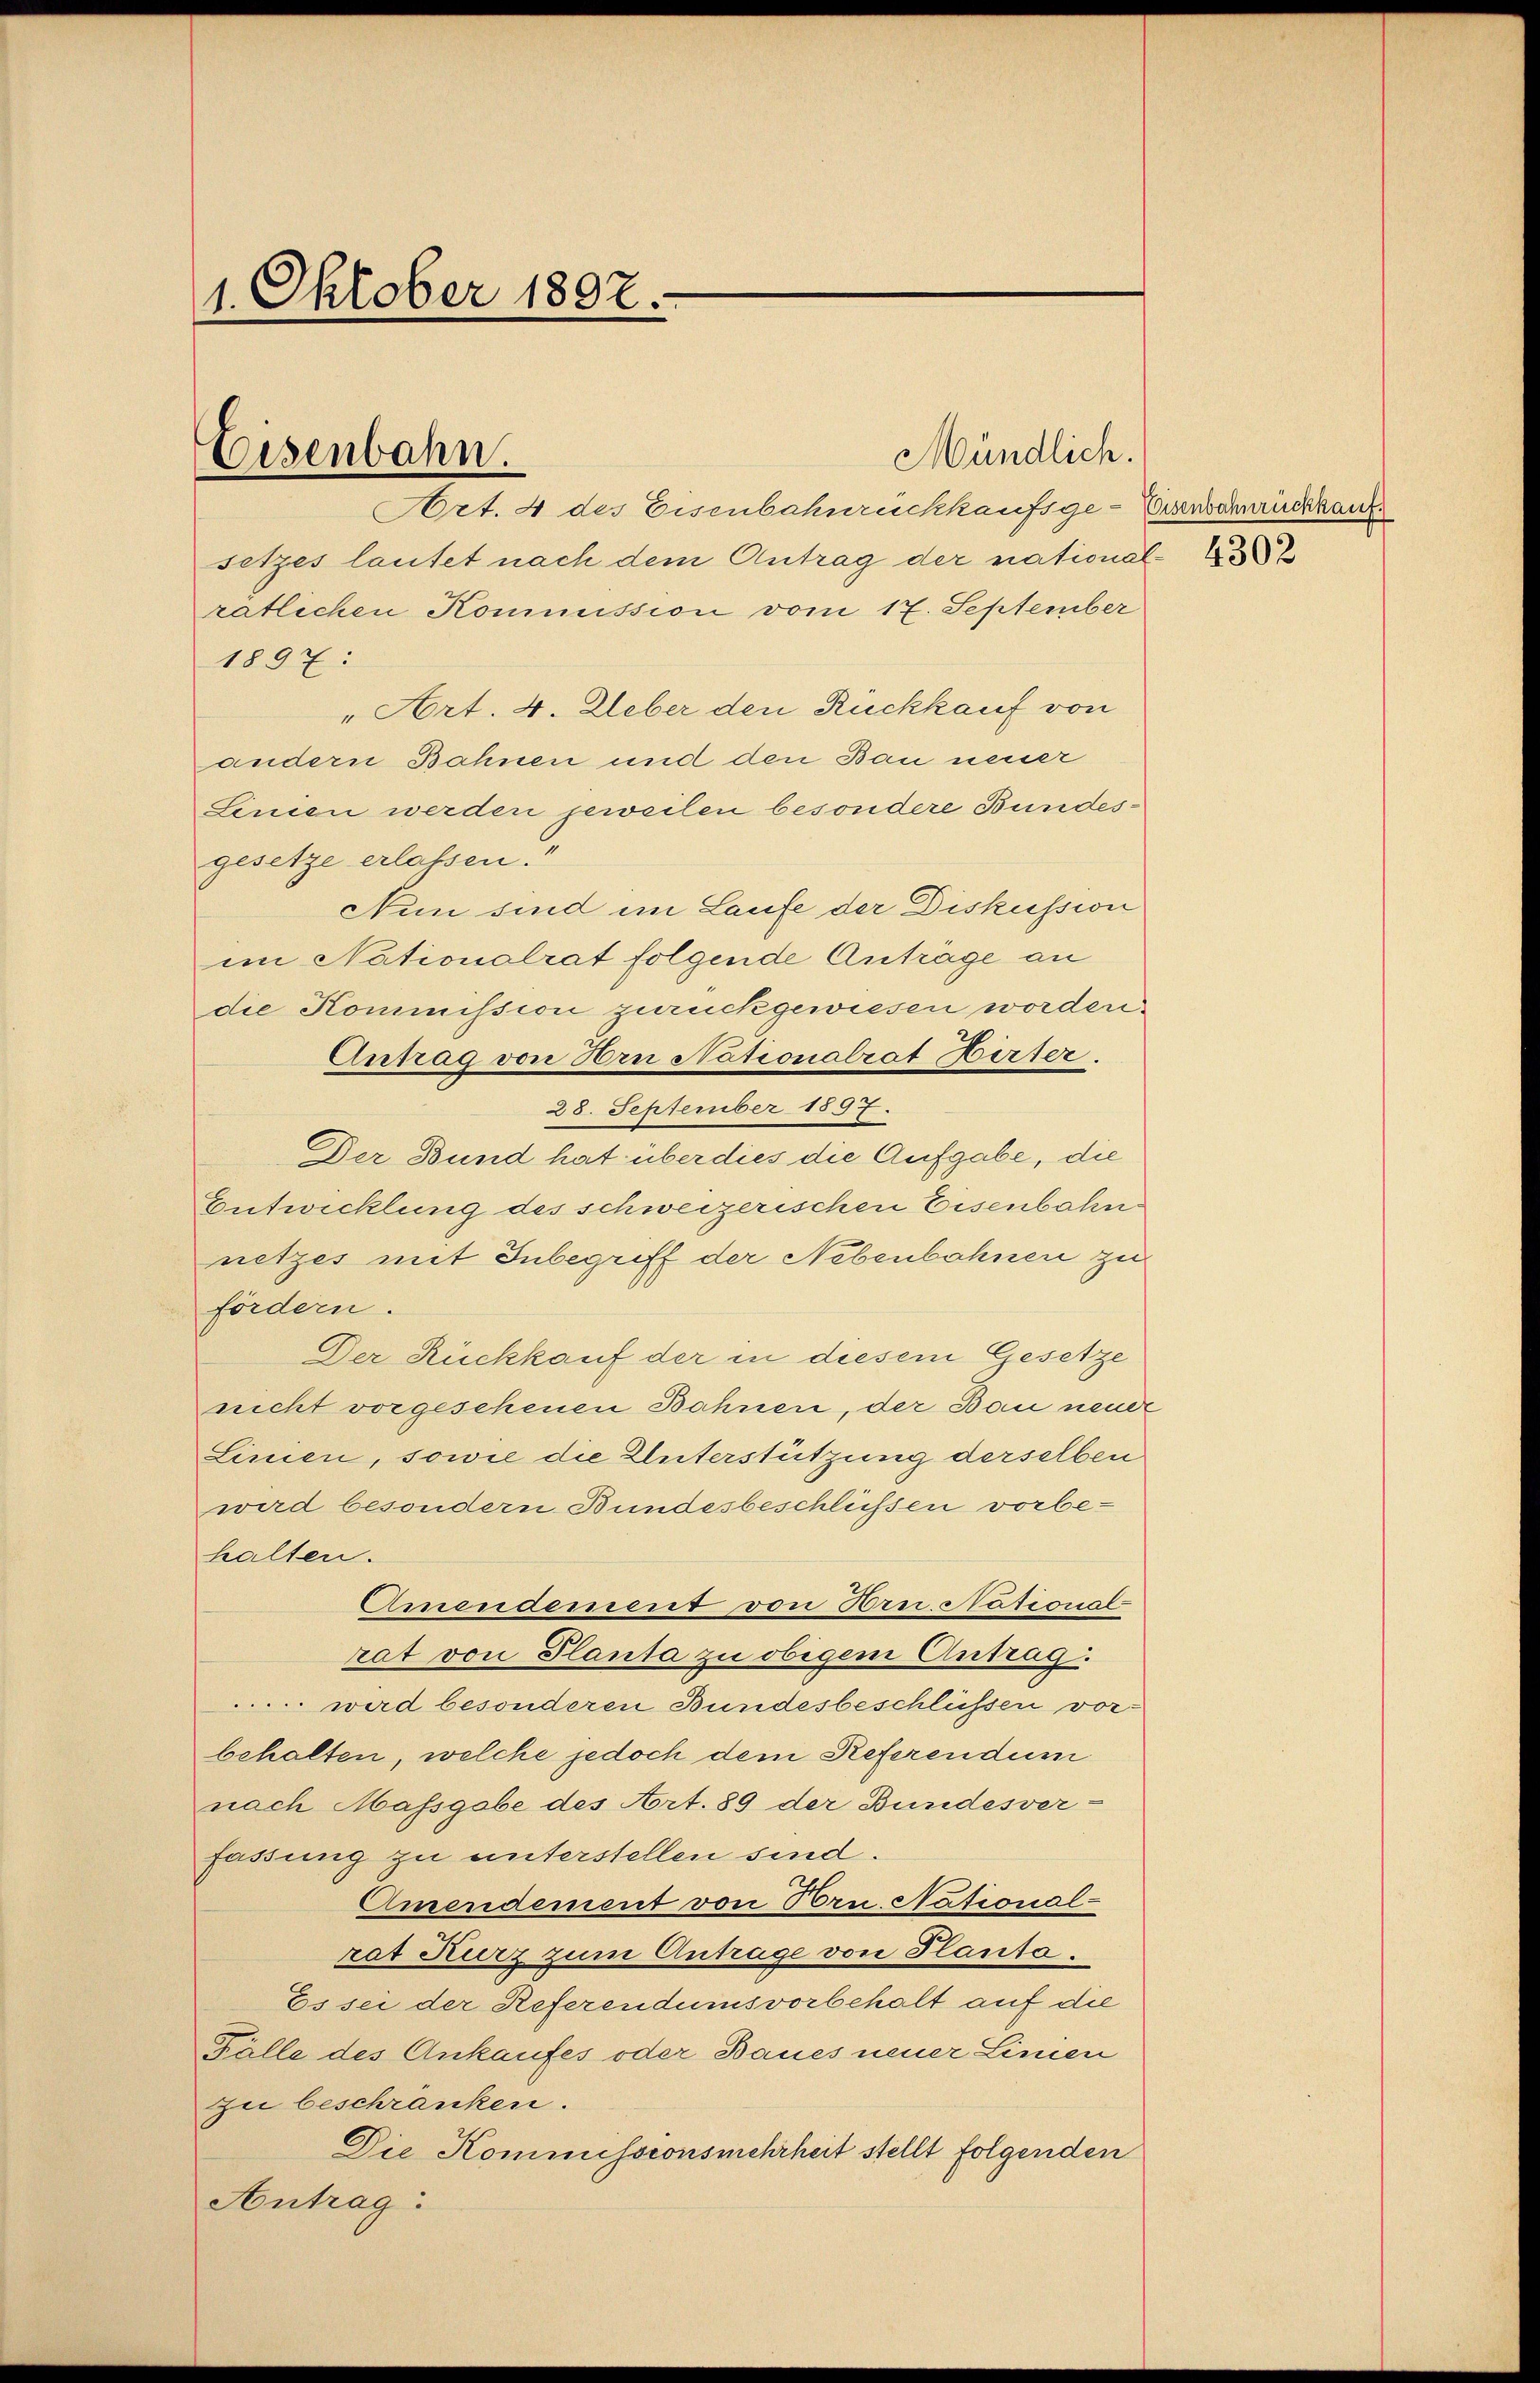
1. Oktober 1807.

setzes lautet nach dem Antrag der national-
ratlichen Kommission vom 17. September
1897:
" Art. 4. Ueber den Rückkauf von
andern Bahnen und den Bau neuer
Leinen werden jeweilen besondere Bundesgesetze erlassen.“
Nun sind im Laufe der Diskussion
im Nationalrat folgende Anträge an
die Kommission zurückgewiesen worden.
Antrag von Hrn Nationalrat Hirter.
28. September 1897.
Der Bund hat über dies die Aufgabe, die
Entwicklung des schweizerischen Eisenbahn-
netzes mit Inbegriff der Nebenbahnen zu
fördern.
Der Rückkauf der in diesem Gesetze
nicht vorgesehenen Bahnen, der Bau neuer
Linien, sowie die Unterstützung derselben
wird besondern Bundesbeschlüssen vorbe-
halten.
Amendement von Dru. National-
rat von Planta zu obigem Antrag:
wird besonderen Bundesbeschlüssen vorbehalten, welche jedoch dem Referendum
nach Massgabe des Art. 89 der Bundesver-
fassung zu unterstellen sind.
Amendement von Bru. National-
rat Kurz zum Antrage von Planta.
Es sei der Referendumsvorbehalt auf die
Fälle des Ankaufes oder Baues neuer Linien
zu beschranken.
Die Kommissionsmehrheit stellt folgenden
Antrag:

Eisenbahn.

Art. 4 der Eisenbahnrückkaufsge-Einschrückkauf

Mündlich.